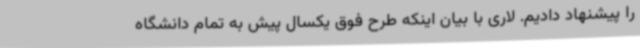
را پیشنهاد دادیم. لاری با بیان اینکه طرح فوق یکسال پیش به تمام دانشگاه